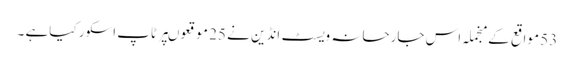
53 مواقع کے منجملہ اس جارحانہ ویسٹ انڈین نے 25 موقعوںپر ٹاپ اسکور کیاہے ۔